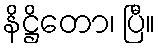
နိဋ္ဌိတော၊ ပြီ။